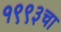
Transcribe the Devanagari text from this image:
१९९३चा